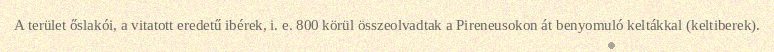
A terület őslakói, a vitatott eredetű ibérek, i. e. 800 körül összeolvadtak a Pireneusokon át benyomuló keltákkal (keltiberek).